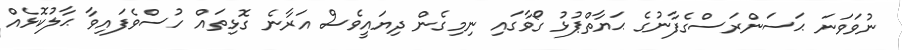
ނުވަވަނަ ޙަސަންރަސްގެފާނުގެ ޙަޔާތްޕުޅު ގޯވާގައި ނިމިގެން ދިޔައީވެސް އަރާނެ ގޮޅިތައް ހުސްވެފައިވާ ޙާލުކޮޅެއް